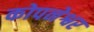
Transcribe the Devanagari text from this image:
कोपनेश्वर